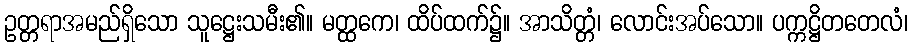
ဥတ္တရာအမည်ရှိသော သူဋ္ဌေးသမီး၏။ မတ္ထကေ၊ ထိပ်ထက်၌။ အာသိတ္တံ၊ လောင်းအပ်သော။ ပက္ကဋ္ဌိတတေလံ၊